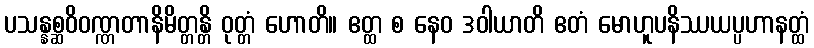
ပသန္နစ္ဆဝိဝဏ္ဏတာနိမိတ္တန္တိ ဝုတ္တံ ဟောတိ။ ဧတ္ထ စ နေဝ ဒဝါယာတိ ဧတံ မောဟူပနိဿယပ္ပဟာနတ္ထံ